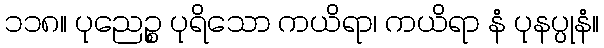
၁၁၈။ ပုညေဉ္စ ပုရိသော ကယိရာ၊ ကယိရာ နံ ပုနပ္ပုနံ။